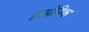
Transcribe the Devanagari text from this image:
इओनिक